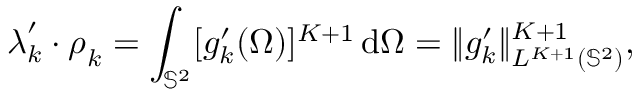
\boldsymbol { \lambda } _ { k } ^ { \prime } \cdot \boldsymbol { \rho } _ { k } = \int _ { \mathbb { S } ^ { 2 } } [ g _ { k } ^ { \prime } ( \Omega ) ] ^ { K + 1 } \, \mathrm { d } \Omega = \| g _ { k } ^ { \prime } \| _ { L ^ { K + 1 } ( \mathbb { S } ^ { 2 } ) } ^ { K + 1 } ,